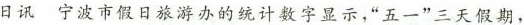
日讯 宁波市假日旅游办的统计数字显示，”五一”三天假期，